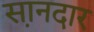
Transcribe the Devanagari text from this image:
स़ानदार